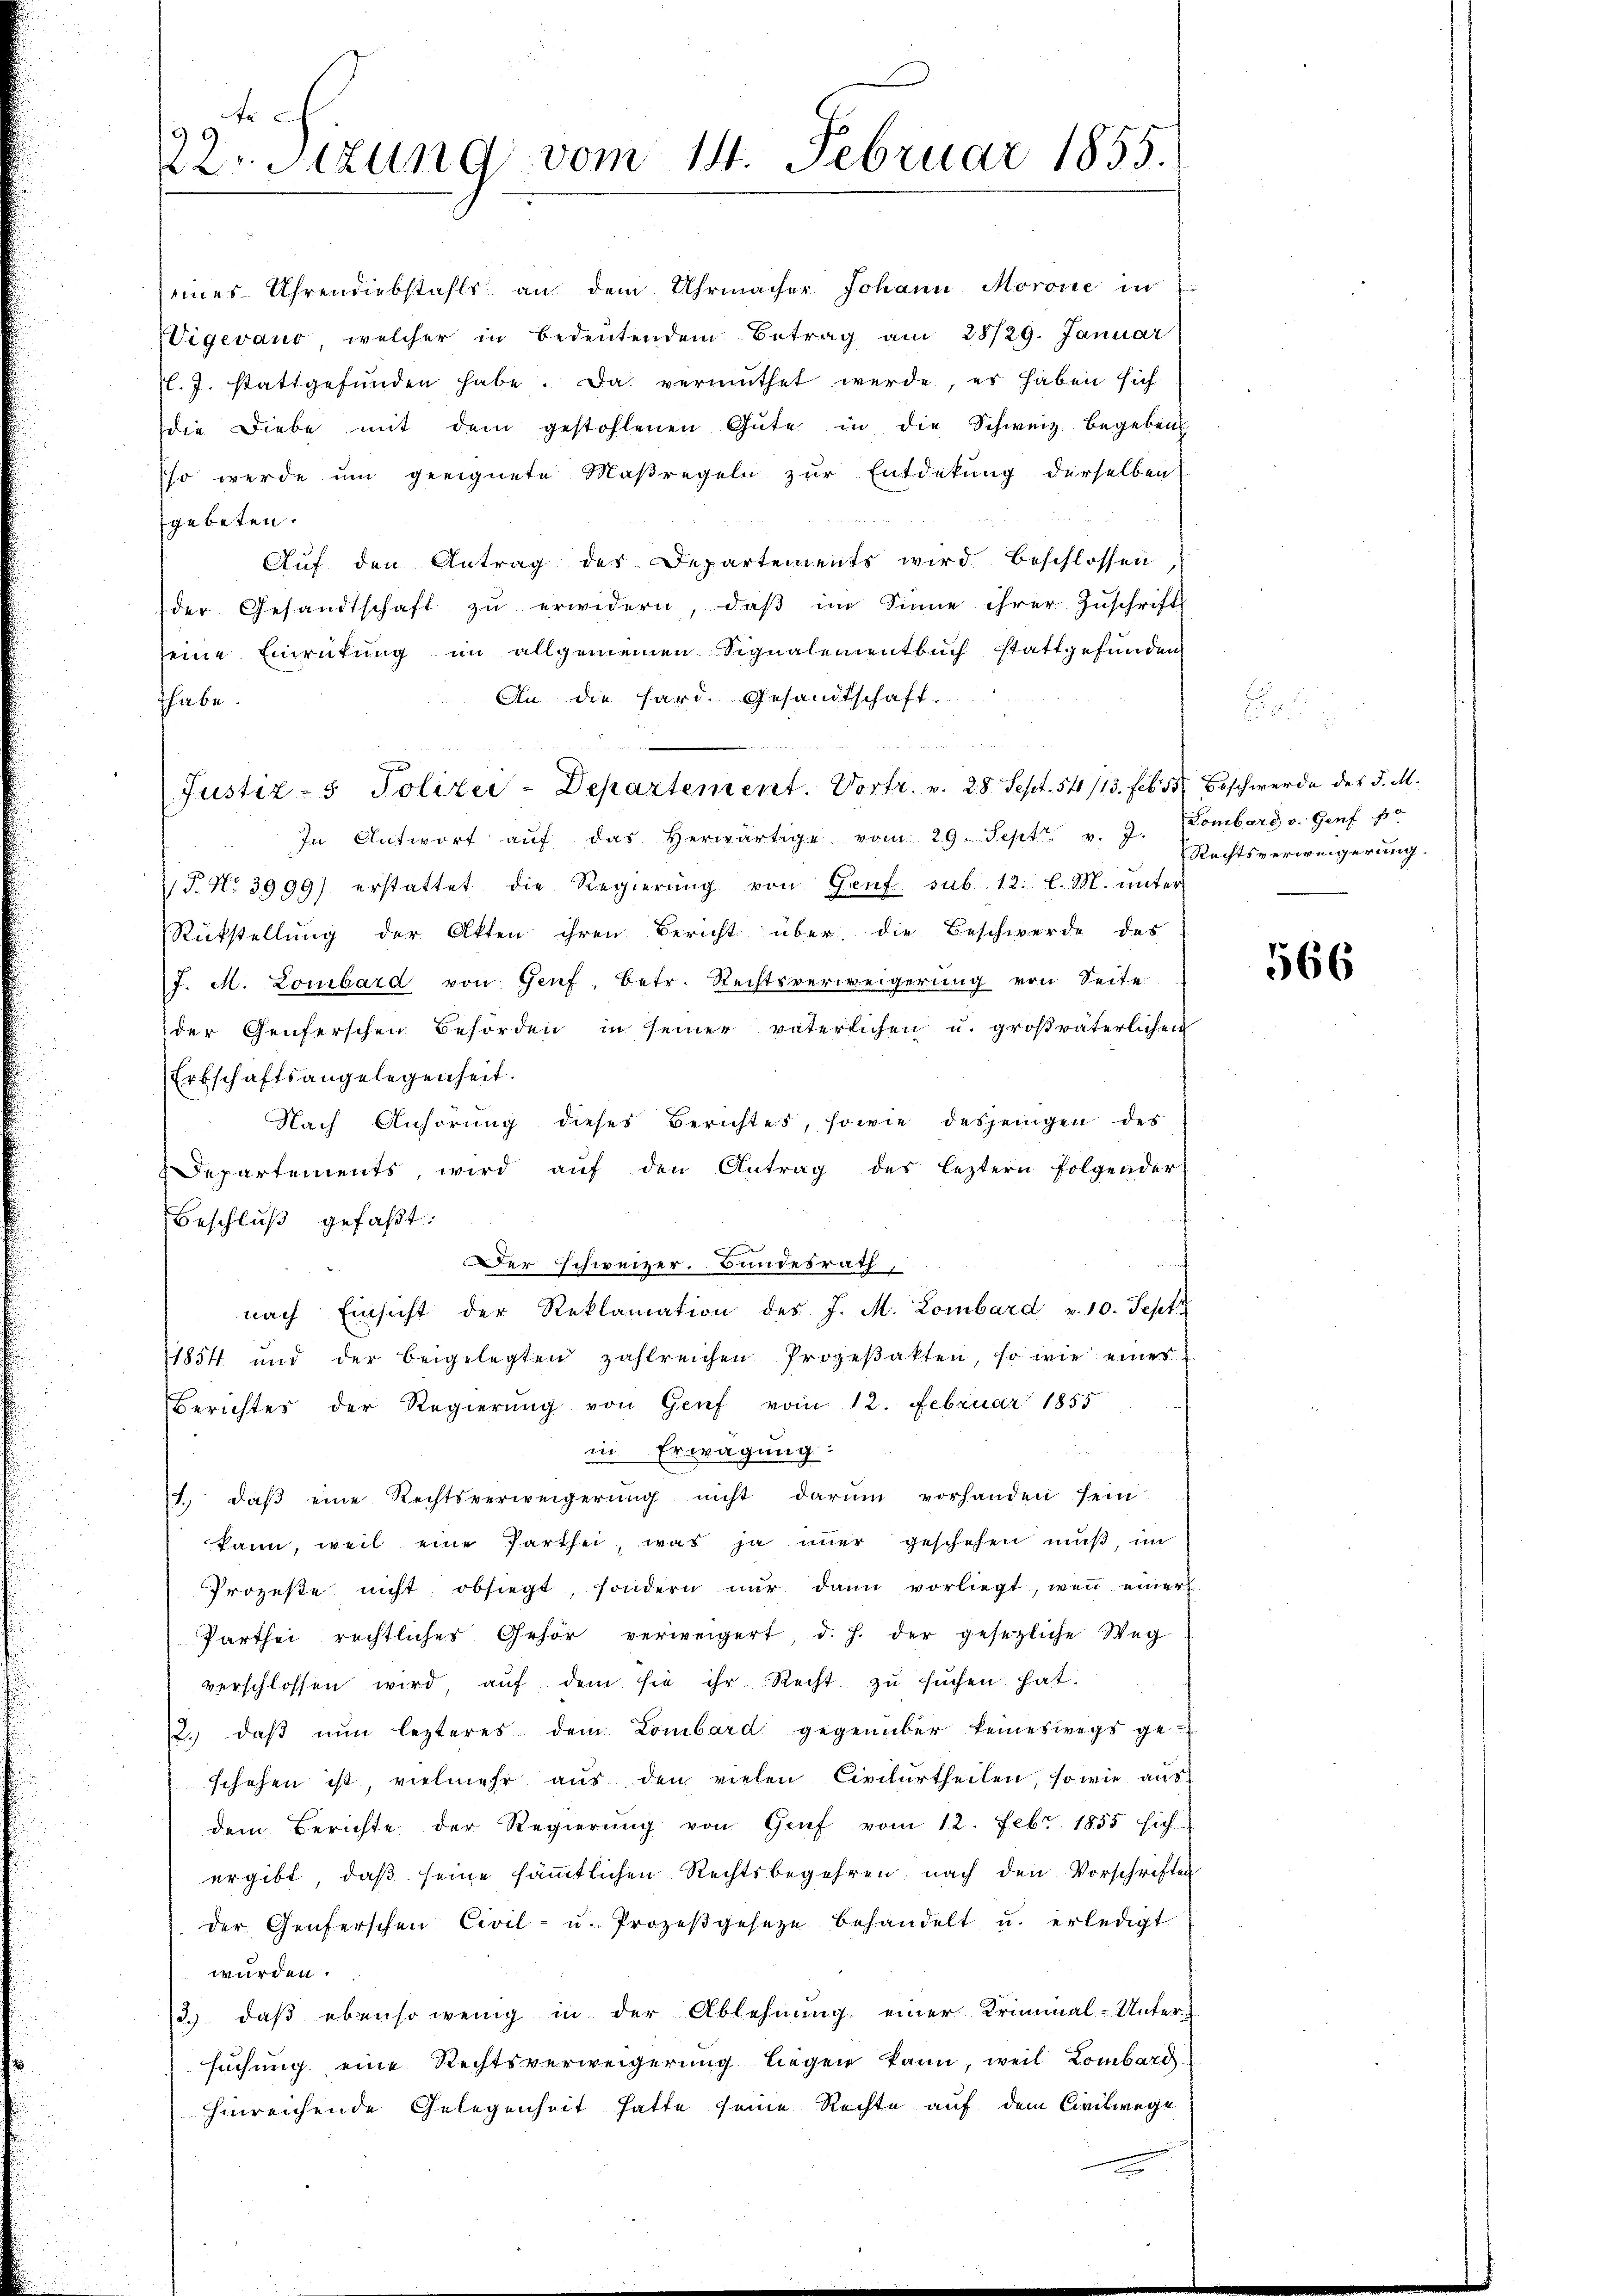
fe
222. Sitzung vom 14. Februar 1855.

eines Uhrendiebstahls an dem Uhrmacher Johann Morone in
Vigevano, welcher in bedeŭtendem Betrag am 28/29. Januar
l.J. stattgefŭnden habe. Da vermuthet werde, es haben sich
die Diebe mit dem gestohlenen Gute in die Schweiz begeben
so werde um geeignete Maßregeln zur Entdekung derselben
gebeten.
Auf den Antrag des Departements wird beschlossen
der Gesandtschaft zŭ erwidern, daβ im Sinne ihrer Zŭschrifts
seine Einrückung im allgemeinen Signalementbuch stattgefunden
An die hard. Gesandtschaft.
thabe.
Justiz- & Polizei-Departement. Vortr. v. 28. Sept. 54/13. Feb. 537. Beschwerde des d. M.
In Antwort aŭf das herwärtige vom 29. Sept v. J.
T. No 3999) erstattet die Regierŭng von Genf sub. 12. l. M. unter
Rückstellung der Akten ihren Bericht über die Beschwerde des
J. M. Lombard von Genf, Betr. Rechtsverweigerung von Seite
der Genferschen Behörden in seiner väterlichen u. großväterlichen
Erbschaftsangelegenheit.
Nach Anhörung dieses Berichtes, sowie desjenigen des
Departements, wird aŭf den Antrag des leztern folgender-
Beschluß gefaßt:
Der schweizer. Bundesrath,
nach Einsicht der Reklamation des J. M. Lombard v. 10. Sept
1854 und der beigelegten zahlreichen Prozeßakten, so wie eines
Berichtes der Regierŭng von Genf vom 12. Februar 1855
in Erwägung:
. daβ eine Rechtsverweigerŭng nicht darŭm vorhanden sein
kann, weil eine Parthei, was ja immer geschehen muß, im
Prozeste nicht obsiegt, sondern nŭr dann vorliegt, wenn einer
Parthei rechtlicher Gehör verweigert, d. h. der gesezliche Weg
verschlossen wird, aŭf dem sie ihr Recht zŭ sŭchen hat.
22. daβ nŭn lezteres dem Lombard gegenüber keineswegs ge-
schehen ist, vielmehr aus den vielen Civilurtheilen, so wie aus
dem Berichte der Regierŭng von Graf vom 12. Febr. 1855 sich-
ergibt, daβ seine säṁtlichen Rechtsbegehren nach den Vorschriften
der Genferschen Civil- u. Prozeβgeseze behandelt u. erledigt
würden.
2.) daß ebensowenig in der Ablehnung einer Kriminal-Unter-
suchung eine Rechtsverweigerung liegen kann, weil Lombard
hinreichende Gelegenheit hatte seine Rechte auf dem Civilwege

Lombard v. Genf f
Rechtsverweigerung.

566